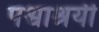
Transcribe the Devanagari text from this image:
पश्वाश्रयी